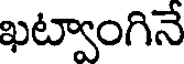
ఖట్వాంగినే